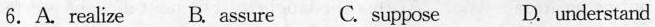
6. A. Realize B. assure C. suppose D. Understanc